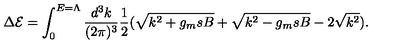
\Delta { \cal E } = \int _ { 0 } ^ { E = \Lambda } { \frac { d ^ { 3 } k } { ( 2 \pi ) ^ { 3 } } } { \frac { 1 } { 2 } } ( \sqrt { k ^ { 2 } + g _ { m } s B } + \sqrt { k ^ { 2 } - g _ { m } s B } - 2 \sqrt { k ^ { 2 } } ) .